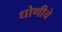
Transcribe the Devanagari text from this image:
धोणीचे